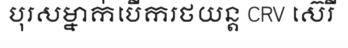
បុរសម្នាក់បើករថយន្ត CRV ស៊េរី